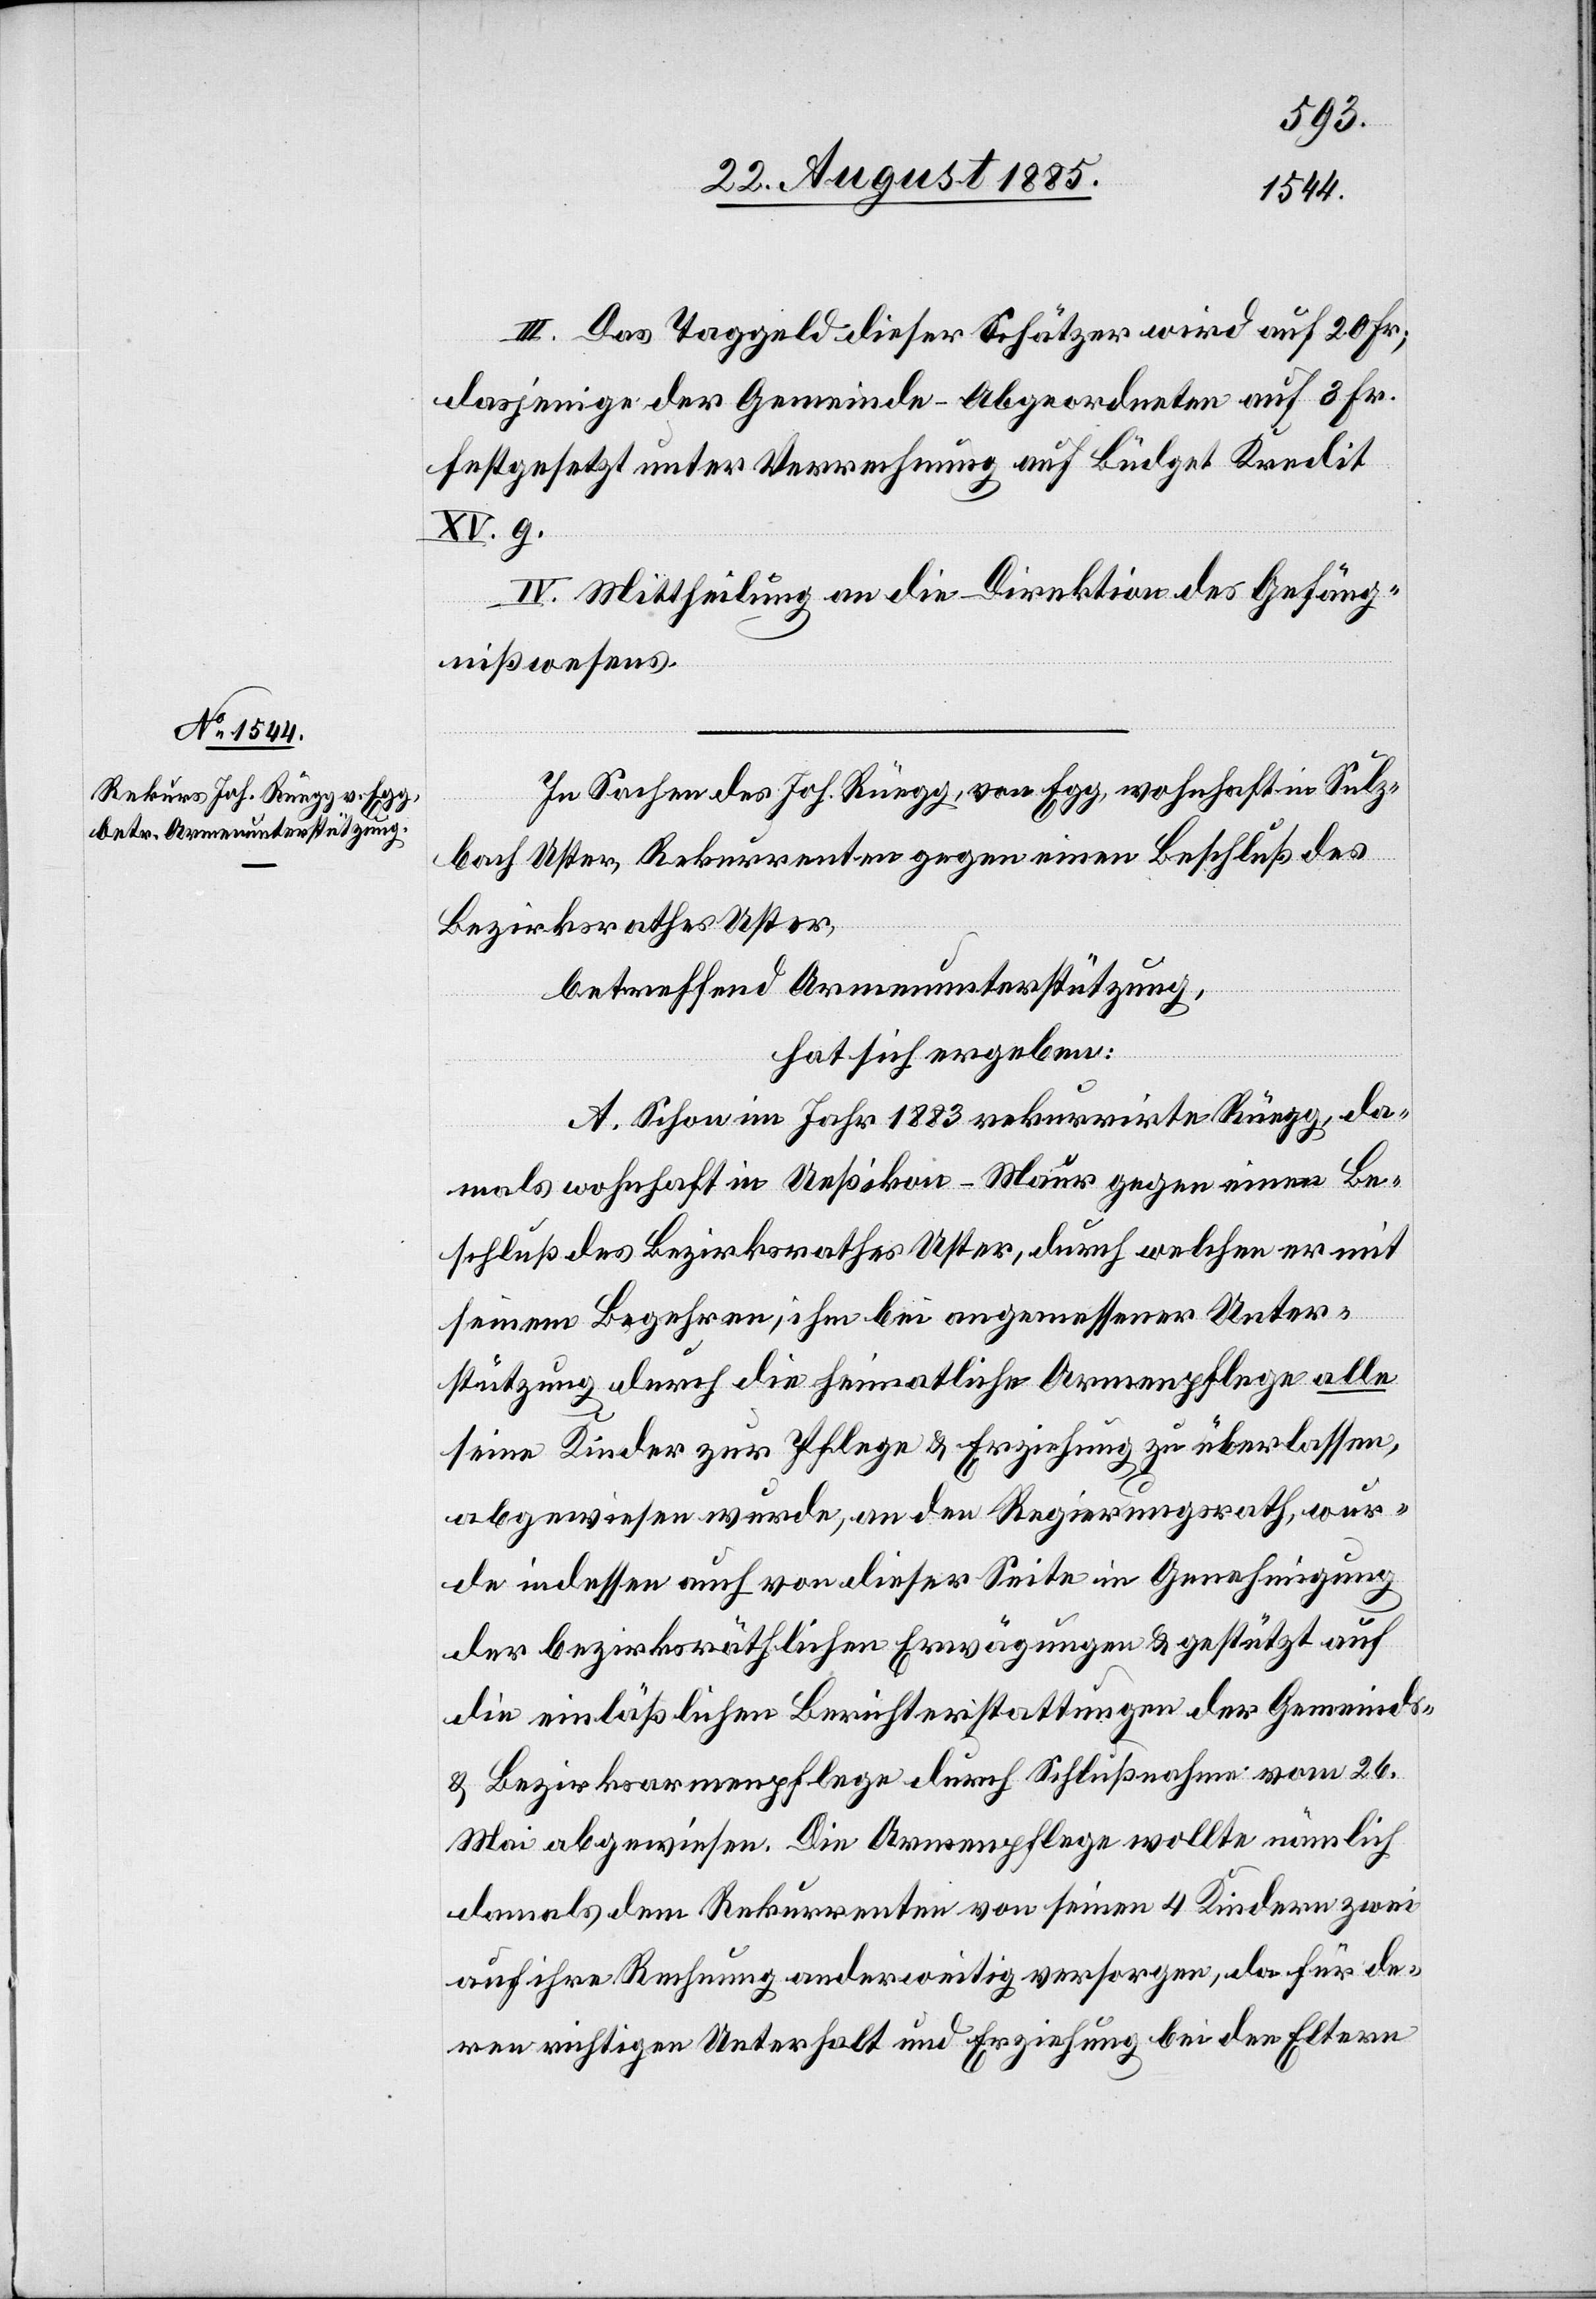
III. Das Taggeld dieser Schätzer wird auf 20 Fr.,
dasjenige der Gemeinde-Abgeordneten auf 3 Fr.
festgesetzt unter Verrechnung auf Büdget Kredit
XV. 9.
IV. Mittheilung an die Direktion des Gefäng¬
nißwesens.
In Sachen des Joh. Rüegg, von Egg, wohnhaft in Sulz¬
bach Uster, Rekurrenten gegen einen Beschluß des
Bezirksrathes Uster,
betreffend Armenunterstützung,
hat sich ergeben:
A. Schon im Jahr 1883 rekurrirte Rüegg, da¬
mals wohnhaft in Ueßikon - Maur gegen einen Be¬
schluß des Bezirksrathes Uster, durch welchen er mit
seinem Begehren, ihm bei angemessener Unter¬
stützung durch die heimatliche Armenpflege alle
seine Kinder zur Pflege & Erziehung zu überlassen,
abgewiesen wurde, an den Regierungsrath, wur¬
de indessen auch von dieser Seite in Genehmigung
der bezirksräthlichen Erwägungen & gestützt auf
die einläßlichen Berichterstattungen der Gemeinds-
& Bezirksarmenpflege durch Schlußnahme vom 26.
Mai abgewiesen. Die Armenpflege wollte nämlich
damals dem Rekurrenten von seinen 4 Kindern zwei
auf ihre Rechnung anderweitig versorgen, da für de¬
ren richtigen Unterhalt und Erziehung bei den Eltern